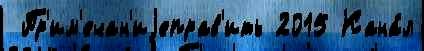
 Пр'им'ечан'иjеправ'ить 2015 Кана́л